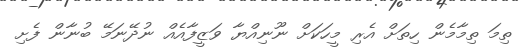
ތިމަ ތިމާމެން ހިތަށް އެރި މީހަކަށް ނޫނިއްޔާ ވަޒީފާއެއް ނުދޭނަމޭ ބުނާން ފެށި